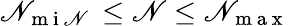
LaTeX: \mathscr{N}_{\mathrm{{~m~i~\mathscr{N}~}}}\leq\mathscr{N}\leq\mathscr{N}_{\mathrm{{~m~a~x~}}}